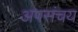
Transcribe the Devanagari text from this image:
अपसंचय